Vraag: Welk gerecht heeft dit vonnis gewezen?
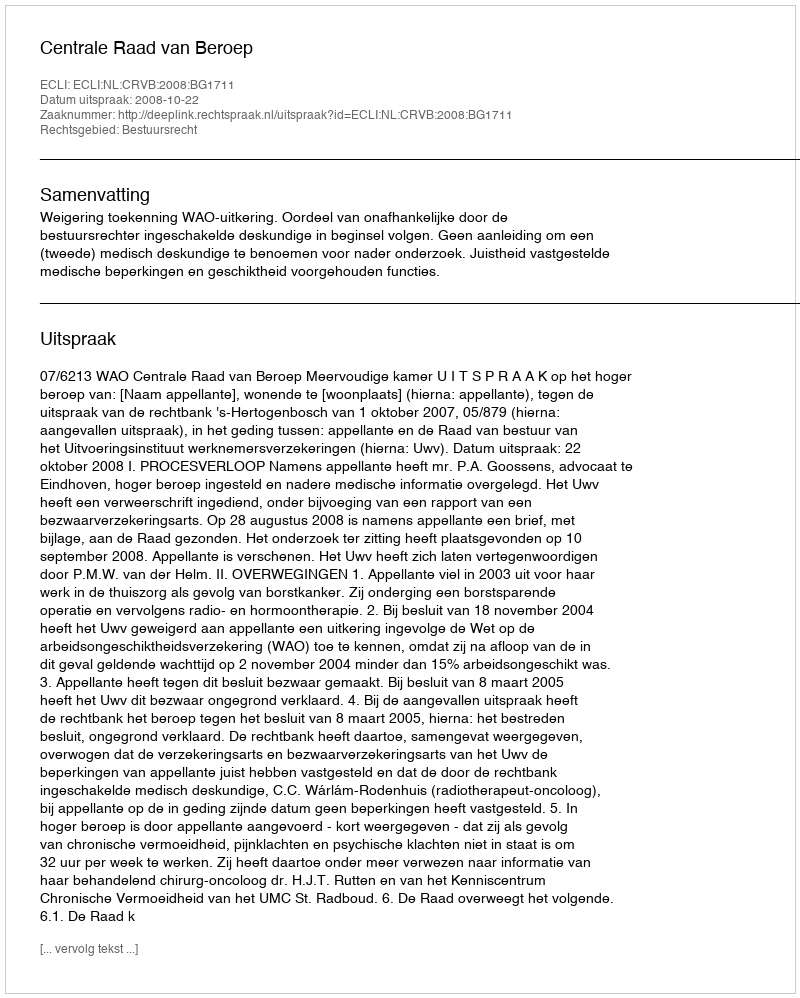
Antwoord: Centrale Raad van Beroep